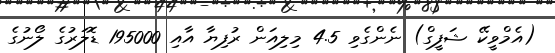
(އެމްވީކޭ ޝަފީގް) ނެންގެވި 4.5 މިލިއަން ރުފިޔާ އާއި 195000 ޑޮލަރުގެ ލޯނުގެ